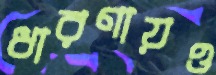
ধারণায়ও